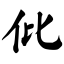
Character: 仳